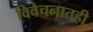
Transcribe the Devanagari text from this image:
विवेचनातही